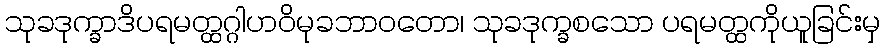
သုခဒုက္ခာဒိပရမတ္ထဂ္ဂါဟဝိမုခဘာဝတော၊ သုခဒုက္ခစသော ပရမတ္ထကိုယူခြင်းမှ